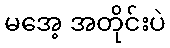
မအေ့ အတိုင်းပဲ